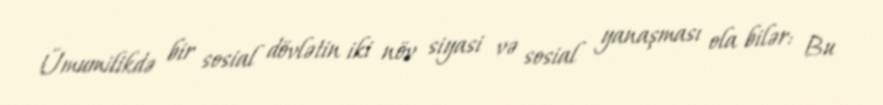
Ümumilikdə bir sosial dövlətin iki növ siyasi və sosial yanaşması ola bilər: Bu